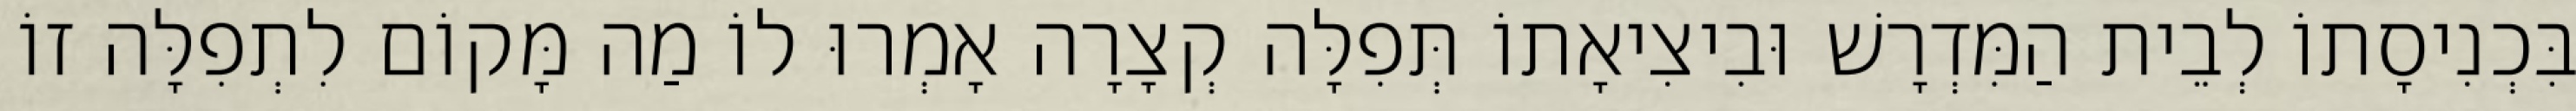
בִּכְנִיסָתוֹ לְבֵית הַמִּדְרָשׁ וּבִיצִיאָתוֹ תְּפִלָּה קְצָרָה אָמְרוּ לוֹ מַה מָּקוֹם לִתְפִלָּה זוֹ